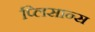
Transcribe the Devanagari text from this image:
प्लिसान्स